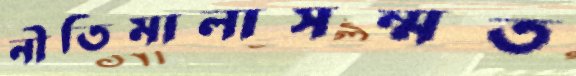
নীতিমালাসম্মত